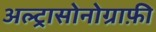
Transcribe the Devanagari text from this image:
अल्ट्रासोनोग्राफ़ी